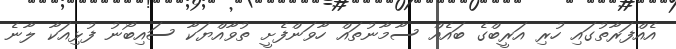
އެއްފަރާތުގައި ހުރި އަރީބްގެ ބައެއް ސާމާނުތައް ހާވަންފެށީ ތުވާއްޔަކާ ސައިބޯނު ފުޅިއަކާ ލާނެ